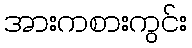
အားကစားကွင်း